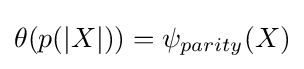
{\textstyle \theta (p(|X|))=\psi _{parity}(X)}